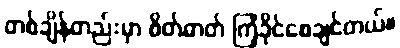
တစ်ချိန်တည်းမှာ စိတ်ဓာတ် ကြံ့ခိုင်စေချင်တယ်။